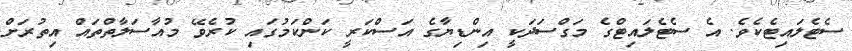
ސެޓެލައިޓެކެވެ. އެ ސެޓެލައިޓްގެ މަގްސަދަކީ އިންޑިޔާގެ އަސްކަރީ ކަންކަމުގައި ކުރެވޭ މުއާސަލާތްތައް އިތުރަށް